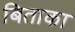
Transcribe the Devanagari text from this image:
बिताका